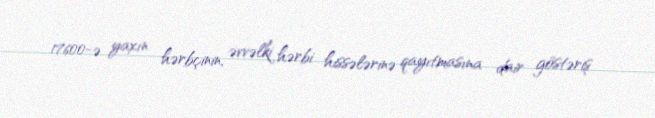
17600-ə yaxın hərbçinin, əvvəlki hərbi hissələrinə qayıtmasına dair göstəriş